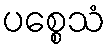
ပစ္စေသံ